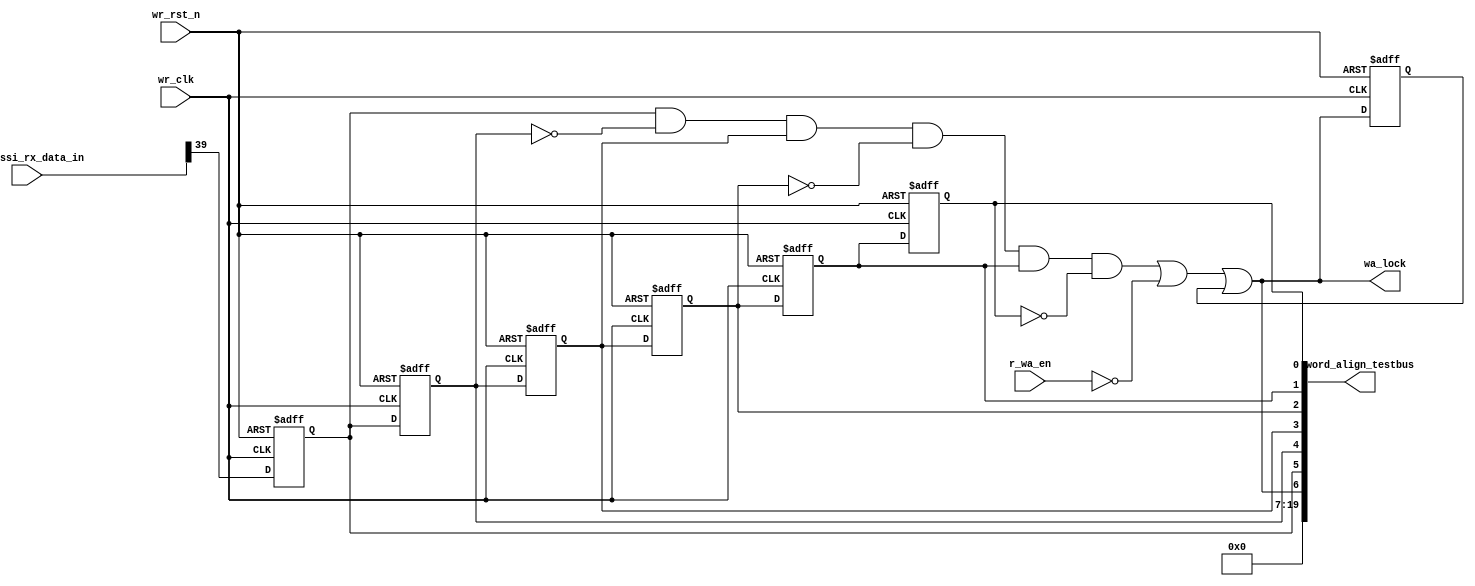
// SPDX-License-Identifier: Apache-2.0
// Copyright (C) 2019 Intel Corporation. 
//------------------------------------------------------------------------
//
//------------------------------------------------------------------------
// File:        
// Revision:    
// Date:        
//------------------------------------------------------------------------
// Description: 
//
//------------------------------------------------------------------------


module aib_adaptrxdp_word_align 
  #(
    parameter DWIDTH = 'd40             // FIFO Input data width 
    )
    (
    input  wire               wr_clk,      	  // clock
    input  wire               wr_rst_n,       	  // async reset
    input  wire               r_wa_en,            // Word-align enable  
    input  wire [DWIDTH-1:0]  aib_hssi_rx_data_in,    // Write Data In
    output wire		      wa_lock,		  // Go to FIFO, status reg
    output wire [19:0]	      word_align_testbus
    );
    

reg		        wm_bit;
reg		        wm_bit_d1;
reg		        wm_bit_d2;
reg		        wm_bit_d3;
reg		        wm_bit_d4;
reg		        wm_bit_d5;
reg			wa_lock_lt;
wire			wa_lock_int;
//********************************************************************
// Main logic 
//********************************************************************



//Word-align
always @(negedge wr_rst_n or posedge wr_clk) begin
   if (wr_rst_n == 1'b0) begin
     wm_bit 	 <= 1'b0;
     wm_bit_d1 <= 1'b0;
     wm_bit_d2 <= 1'b0;
     wm_bit_d3 <= 1'b0;
     wm_bit_d4 <= 1'b0;
     wm_bit_d5 <= 1'b0;
   end
   else begin
     wm_bit 	 <= aib_hssi_rx_data_in[39];
     wm_bit_d1 <= wm_bit;
     wm_bit_d2 <= wm_bit_d1;
     wm_bit_d3 <= wm_bit_d2;
     wm_bit_d4 <= wm_bit_d3;
     wm_bit_d5 <= wm_bit_d4;
   end
end

always @(negedge wr_rst_n or posedge wr_clk) begin
   if (wr_rst_n == 1'b0) begin
     wa_lock_lt 	 <= 1'b0;
   end
   else begin
     wa_lock_lt 	 <= wa_lock_int || wa_lock_lt;
   end
end

assign wa_lock_int = wm_bit && ~wm_bit_d1 && wm_bit_d2 && ~wm_bit_d3 && wm_bit_d4 && ~wm_bit_d5 || ~r_wa_en;

assign wa_lock = wa_lock_int || wa_lock_lt;



assign word_align_testbus = {13'd0, wa_lock, wm_bit, wm_bit_d1, wm_bit_d2, wm_bit_d3, wm_bit_d4, wm_bit_d5};
  
endmodule